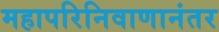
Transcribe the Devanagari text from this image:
महापरिनिवाणानंतर